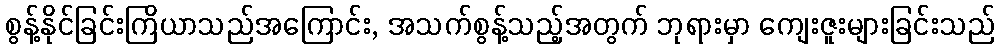
စွန့်နိုင်ခြင်းကြိယာသည်အကြောင်း, အသက်စွန့်သည့်အတွက် ဘုရားမှာ ကျေးဇူးများခြင်းသည်